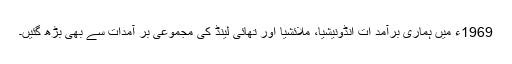
1969ء میں ہماری برآمد ات انڈونیشیا، ملائشیا اور تھائی لینڈ کی مجموعی بر آمدات سے بھی بڑھ گئیں۔